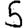
Digit: 5